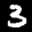
Label: 3